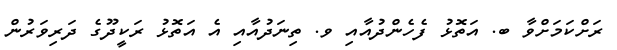
ރަށްކަމަށްވާ ބ. އަތޮޅު ފެހެންދުއާއި ވ. ތިނަދުއާއި އެ އަތޮޅު ރަކީދޫގެ ދަރިވަރުން